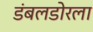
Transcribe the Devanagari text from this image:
डंबलडोरला